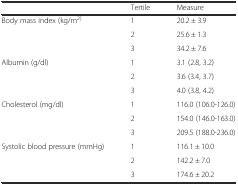
<table><thead><tr><td></td><td><b>Tertile</b></td><td><b>Measure</b></td></tr></thead><tbody><tr><td rowspan="3">Body mass index (kg/m<sup>2)</sup></td><td>1</td><td>20.2 ± 3.9</td></tr><tr><td>2</td><td>25.6 ± 1.3</td></tr><tr><td>3</td><td>34.2 ± 7.6</td></tr><tr><td rowspan="3">Albumin (g/dl)</td><td>1</td><td>3.1 (2.8, 3.2)</td></tr><tr><td>2</td><td>3.6 (3.4, 3.7)</td></tr><tr><td>3</td><td>4.0 (3.8, 4.2)</td></tr><tr><td rowspan="3">Cholesterol (mg/dl)</td><td>1</td><td>116.0 (106.0-126.0)</td></tr><tr><td>2</td><td>154.0 (146.0-163.0)</td></tr><tr><td>3</td><td>209.5 (188.0-236.0)</td></tr><tr><td rowspan="3">Systolic blood pressure (mmHg)</td><td>1</td><td>116.1 ± 10.0</td></tr><tr><td>2</td><td>142.2 ± 7.0</td></tr><tr><td>3</td><td>174.6 ± 20.2</td></tr></tbody></table>